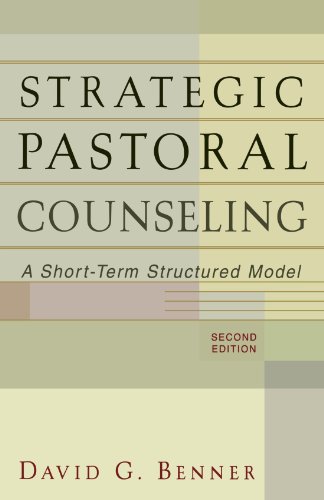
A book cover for Strategic Pastoral Counseling: A Short-Term Structured Model; David G. PhD Benner; Christian Books & Bibles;